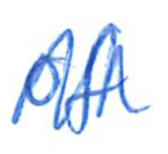
Text: of
Cross-out: zig-zag
Writing tool: ballpoint